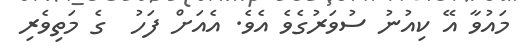
މައުވާ އޭ ކިއުނު ސުވަރުގެވެ އެވެ. އެއަށް ފަހު  ގެ މަތިވެރި